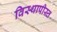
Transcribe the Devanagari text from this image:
विस्थापीस्त